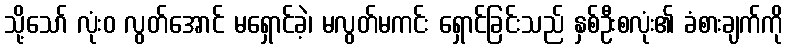
သို့သော် လုံးဝ လွတ်အောင် မရှောင်ခဲ့၊ မလွတ်မကင်း ရှောင်ခြင်းသည် နှစ်ဦးစလုံး၏ ခံစားချက်ကို